Civil Veterinary Department Bengal reports 1933-51 - 1933-1951
Year: 1933
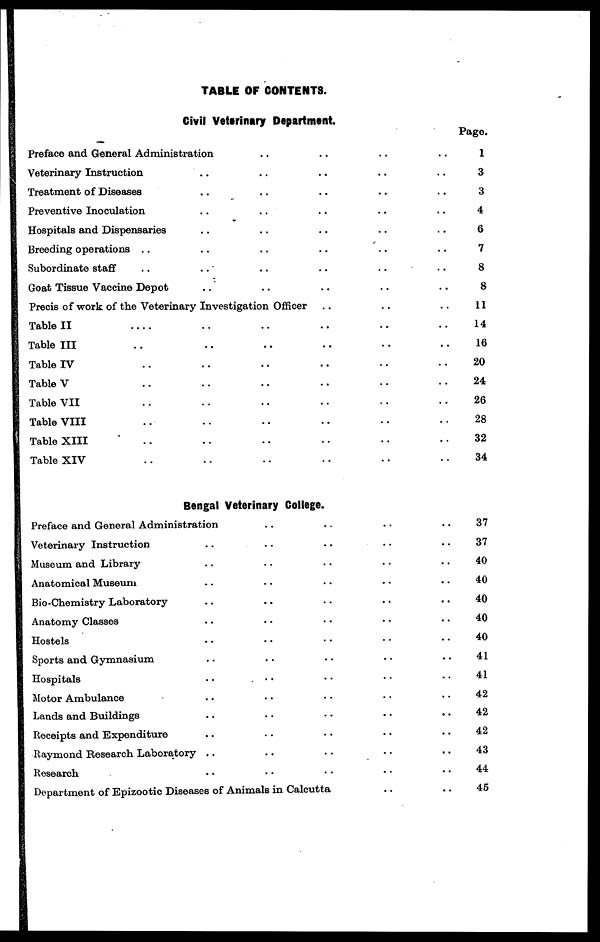
TABLE OF CONTENTS.
Civil Veterinary Department.
Preface and General Administration .. .. .. ..
Veterinary Instruction .. .. .. ..
Treatment of Diseases .. .. .. ..
Preventive Inoculation
.. .. ..
Hospitals and Dispensaries .. .. .. ..
Breeding operations .. .. .. ..
Subordinate staff
..
..
..
..
..
Goat Tissue Vaccine Depot .. .. .. ..
Precis of work of the Veterinary Investigation Officer .. .. .. ..
Table II .. .. .. ..
Table III .. .. .. ..
Table IV .. .. .. ..
Table V .. .. .. .. .. ..
Table VII .. .. .. .. .. .. .. ..
Table VIII .. .. .. .. .. .. .. ..
Table XIII .. .. .. .. .. .. .. ..
Table XIV .. .. .. .. .. .. .. ..
Bengal Veterinary College.
Preface and General Administration .. .. .. ..
Veterinary Instruction
..
..
..
Museum and Library .. .. .. ..
Anatomical Museum .. .. .. ..
Bio-Chemistry Laboratory .. .. .. ..
Anatomy Classes .. .. .. ..
Hostels .. .. .. ..
Sports and Gymnasium .. .. .. ..
Hospitals .. .. .. ..
Motor Ambulance .. .. .. ..
Lands and Buildings .. .. .. ..
Receipts and Expenditure .. .. .. .. ..
Raymond Research Laboratory .. .. .. .. ..
Research .. .. .. .. ..
Department of Epizootic Diseases of Animals in Calcutta .. ..
Page.
1
3
3
4
6
7
8
8
11
14
16
20
24
26
28
32
34
37
37
40
40
40
40
40
41
41
42
42
42
43
44
45